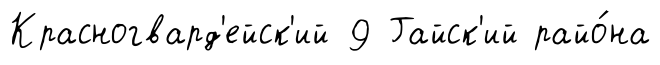
Красногвард'ейск'ий 9 Гайск'ий райо́на